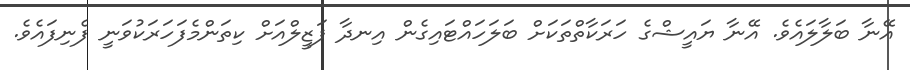
އޭނާ ބަލާލައެވެ. އޭނާ ޔައީޝްގެ ހަރަކާތްތަކަށް ބަލަހައްޓައިގެން އިނދާ ފަޒީލްއަށް ކިތަންމެފަހަރަކުވަނީ ފެނިފައެވެ.